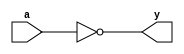
// Code for not_gate  
module not_gate(
  input a,
  output y
);
  not(y,a);
endmodule